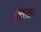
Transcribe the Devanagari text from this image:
सुंदरता।